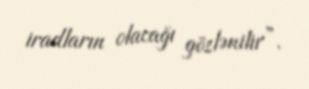
iradların olacağı gözlənilir”.